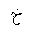
Letter: _kha